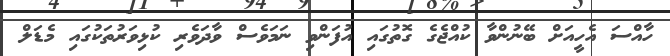
ހާއްސަ އެހީއަށް ބޭނުންވާ ކުއްޖެގެ ގޮތުގައި އުފަންވި ނަމަވެސް ވާދަވެރި ކުޅިވަރުތަކުގައި މެޑަލް